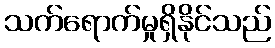
သက်ရောက်မှုရှိနိုင်သည်